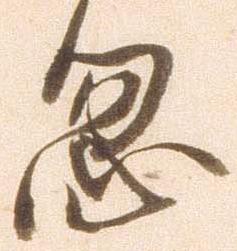
忽